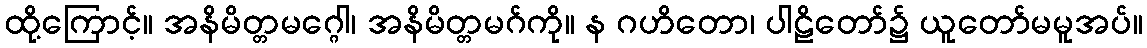
ထို့ကြောင့်။ အနိမိတ္တမဂ္ဂေါ၊ အနိမိတ္တမဂ်ကို။ န ဂဟိတော၊ ပါဠိတော်၌ ယူတော်မမူအပ်။